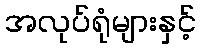
အလုပ်ရုံများနှင့်